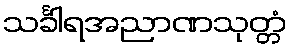
သင်္ခါရအညာဏသုတ္တံ